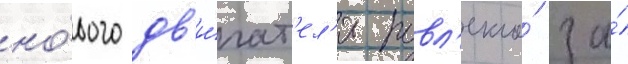
но́вого дв'и́гат'ел'я повл'екло́ за́